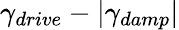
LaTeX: \gamma_{drive}-|\gamma_{damp}|